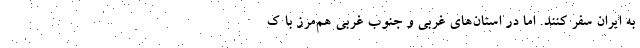
به ایران سفر کنند. اما در استان‌های غربی و جنوب غربیِ هم‌مرز با ک